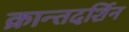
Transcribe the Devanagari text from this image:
क्रान्तदर्शिन